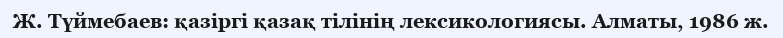
Ж. Түймебаев: қазіргі қазақ тілінің лексикологиясы. Алматы, 1986 ж.